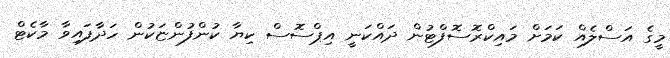
މީގެ އަސްލެއް ކަމަށް މައިކްރޮސޮފްޓުން ދައްކަނީ އިޕްސޮސް ކިޔާ ކުންފުންޏަކުން ހަދާފައިވާ މާކެޓް